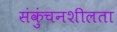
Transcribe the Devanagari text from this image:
संकुंचनशीलता